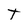
Character: T